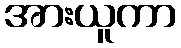
အားယူကာ